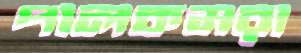
পালকমরা